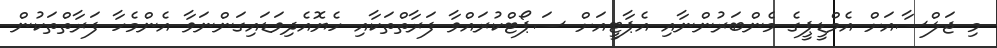
މި ޖަލްސާއަށް އެމްޑީޕީގެ މެންބަރުންނާއި އެޕާޓީއަށް ސަޕޯޓްކުރައްވާ ފަރާތްތަކާއި ހެޔޮއެދިވަޑައިގަންނަވާ އެންމެހާ ފަރާތްތަކުން